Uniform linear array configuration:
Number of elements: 32
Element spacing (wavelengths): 1
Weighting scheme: kaiser
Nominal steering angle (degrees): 30
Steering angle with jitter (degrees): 31.124
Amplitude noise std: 0.05
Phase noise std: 0.05

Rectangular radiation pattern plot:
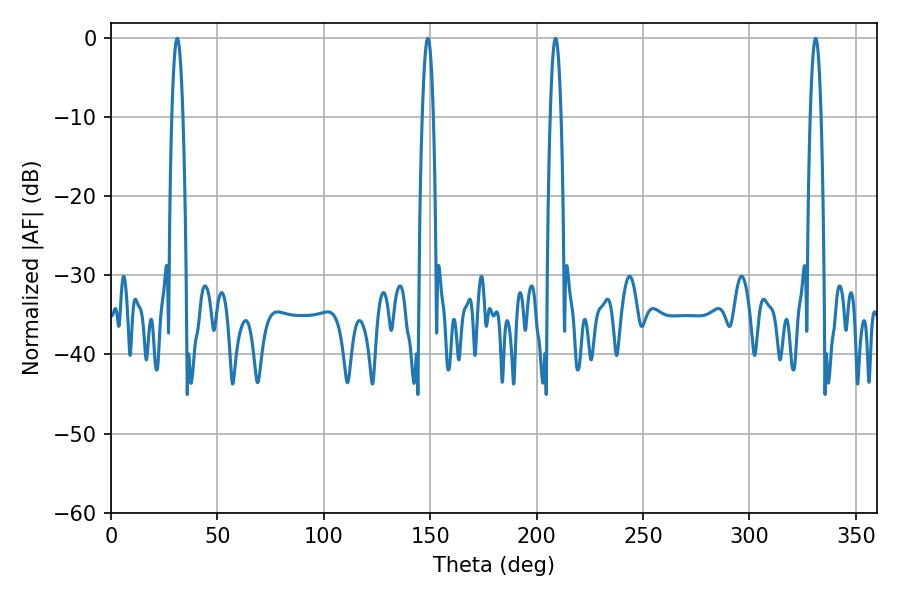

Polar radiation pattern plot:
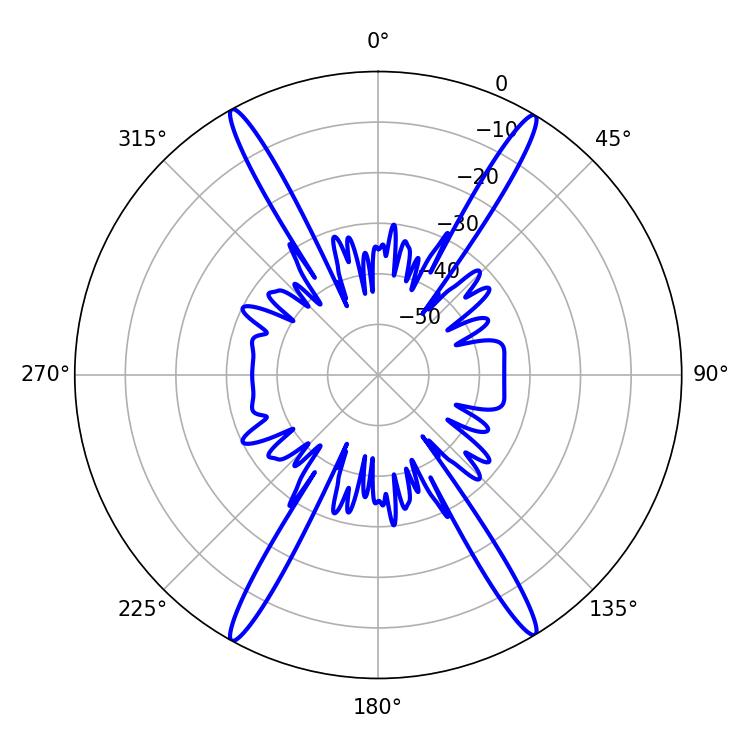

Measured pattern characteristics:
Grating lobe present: TRUE
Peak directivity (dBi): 26.244
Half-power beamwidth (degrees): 2.88
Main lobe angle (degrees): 31.14